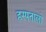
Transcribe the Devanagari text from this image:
हस्पतालो